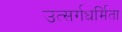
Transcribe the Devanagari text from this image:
उत्सर्गधर्मिता